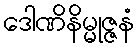
ဒေါဏိနိမ္မုဇ္ဇနံ